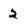
Character: 2